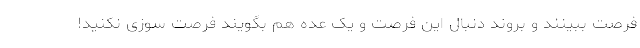
فرصت ببینند و بروند دنبال این فرصت و یک عده هم بگویند فرصت سوزی نکنید!